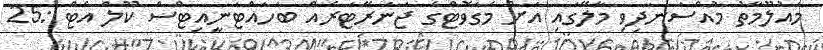
މައުލޫމާތު މުއްސަނދިވި މާލޭގައި އަށް މެގަވޮޓްގެ ޖަނަރޭޓަރެއް ބަހައްޓަނީއިޓްސް ކޫލް އެޓް :25